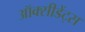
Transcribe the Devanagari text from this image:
ऑक्सीडेंट्स